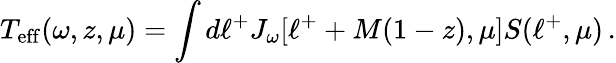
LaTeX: T_{\mathrm{eff}}(\omega,z,\mu)=\int d\ell^{+}J_{\omega}[\ell^{+}+M(1-z),\mu]S(\ell^{+},\mu)\, .